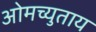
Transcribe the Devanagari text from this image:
ओमच्युताय